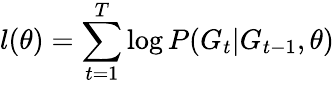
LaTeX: l(\theta)=\sum_{t=1}^{T}\log P(G_{t}|G_{t-1},\theta)